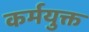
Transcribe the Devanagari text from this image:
कर्मयुक्त